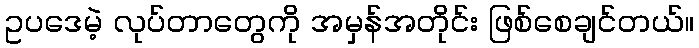
ဥပဒေမဲ့ လုပ်တာတွေကို အမှန်အတိုင်း ဖြစ်စေချင်တယ်။